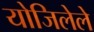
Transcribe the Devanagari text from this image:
योजिलेले